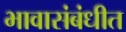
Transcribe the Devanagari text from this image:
भावासंबंधीत